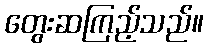
တွေးဆကြည့်သည်။